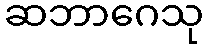
ဆဘာဂေသု